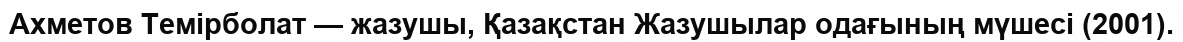
Ахметов Темірболат — жазушы, Қазақстан Жазушылар одағының мүшесі (2001).